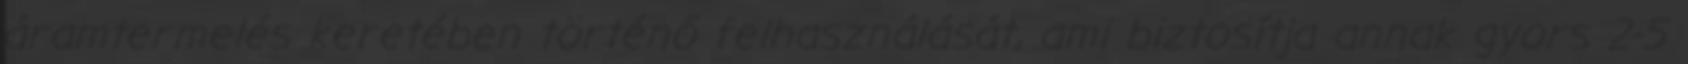
áramtermelés keretében történő felhasználását, ami biztosítja annak gyors 2-5